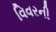
વિવરની